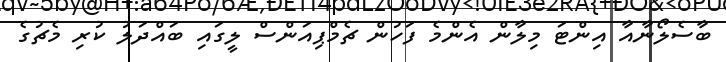
ބާސެލޯނާއާ އިންޓަ މިލާން އެންމެ ފަހުން ޗެމްޕިއަންސް ލީގައި ބައްދަލު ކުރި މެޗުގެ